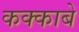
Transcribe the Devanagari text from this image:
कक्‍काबे